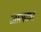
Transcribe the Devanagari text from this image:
जालकर